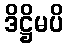
ဒိဋ္ဌိမပိ